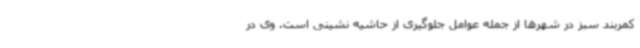
کمربند سبز در شهرها از جمله عوامل جلوگیری از حاشیه نشینی است. وی در